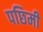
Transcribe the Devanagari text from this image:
पछिमी